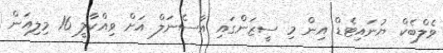
ވެލްބެކް ޔުނައިޓެޑް އިން މި ސީޒަންގައި އާސެނަލް އަށް ވިއްކާލީ 16 މިލިއަން